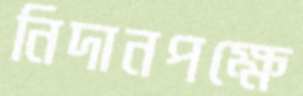
নিদানপক্ষে